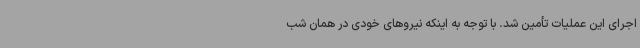
اجرای این عملیات تأمین شد. با توجه به اینکه نیروهای خودی در همان شب